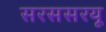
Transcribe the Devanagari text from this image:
सरससरयू